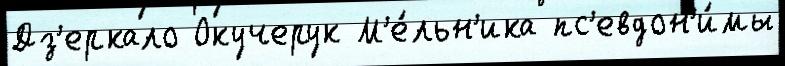
Дз'еркало Окучерук М'е́льн'ика пс'евдон'и́мы